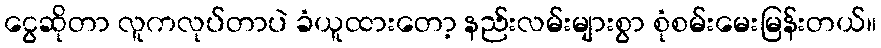
ငွေဆိုတာ လူကလုပ်တာပဲ ခံယူထားတော့ နည်းလမ်းများစွာ စုံစမ်းမေးမြန်းတယ်။